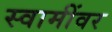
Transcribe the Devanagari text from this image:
स्वामींवर